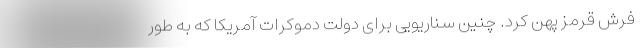
فرش قرمز پهن کرد. چنین سناریویی برای دولت دموکرات آمریکا که به طور